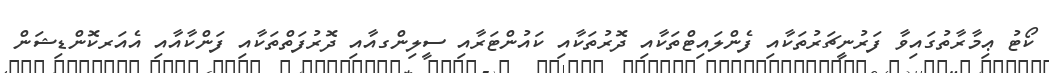
ކޯޓު ޢިމާރާތުގައިވާ ފަރުނީޗަރުތަކާއި ފެންލައިޓްތަކާއި ދޮރުތަކާއި ކައުންޓަރާއި ސީލިންގއާއި ދޮރުފަތްތަކާއި ފަންކާއާއި އެއަރކޮންޑިޝަން